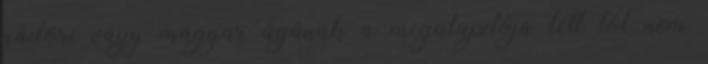
nádori vagy magyar ágának a megalapítója lett tól nem